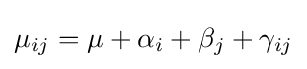
\mu _{ij}=\mu +\alpha _{i}+\beta _{j}+\gamma _{ij}